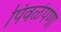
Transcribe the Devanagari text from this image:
पिवळेपणा